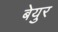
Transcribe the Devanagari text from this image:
बेयुर